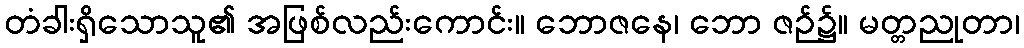
တံခါးရှိသောသူ၏ အဖြစ်လည်းကောင်း။ ဘောဇနေ၊ ဘော ဇဉ်၌။ မတ္တညုတာ၊